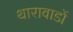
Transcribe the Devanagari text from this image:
थारावाडों